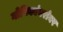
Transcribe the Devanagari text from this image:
गोपिकांबरोबर